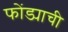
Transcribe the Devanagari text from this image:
फोंड्याची